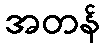
အတန်